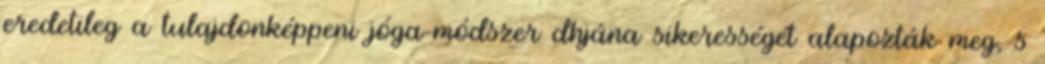
eredetileg a tulajdonképpeni jóga-módszer dhjána sikerességét alapozták meg, s